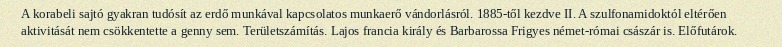
A korabeli sajtó gyakran tudósít az erdő munkával kapcsolatos munkaerő vándorlásról. 1885-től kezdve II. A szulfonamidoktól eltérően aktivitását nem csökkentette a genny sem. Területszámítás. Lajos francia király és Barbarossa Frigyes német-római császár is. Előfutárok.